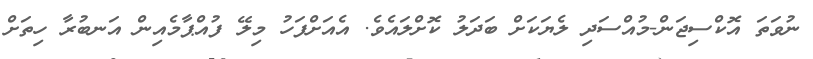
ނުވަތަ އޮކްސިޖަން-މުއްސަދި ލެޔަކަށް ބަދަލު ކޮށްލައެވެ. އެއަށްފަހު މިލޭ ފުއްޕާމެއިން އަނބުރާ ހިތަށް